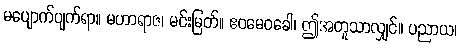
မပျောက်ပျက်ရာ။ မဟာရာဇ၊ မင်းမြတ်။ ဧဝမေဝခေါ၊ ဤအတူသာလျှင်။ ပညာယ၊